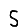
Digit: 5